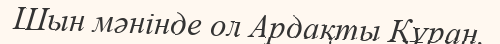
Шын мәнінде ол Ардақты Құран.